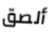
ألصق